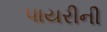
પાયરીની